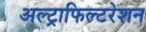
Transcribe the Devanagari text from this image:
अल्ट्राफिल्टरेशन